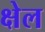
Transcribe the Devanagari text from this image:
क्षेल